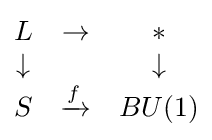
{\begin{matrix}L&\to &*\\\downarrow &&\downarrow \\S&\xrightarrow {f} &BU(1)\end{matrix}}